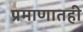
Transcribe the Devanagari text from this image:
प्रमाणातही